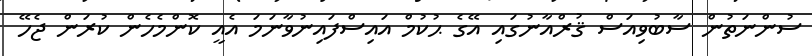
ސުންނަތުން ސާބުވިއަސް ޤުރްއާނުގައި އޭގެ ޙުކުމް އައިސްފައިނުވާނަމަ އެއީ ކޮންމެހެން ކުރަން ޖެހޭ